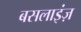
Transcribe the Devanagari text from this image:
बसलाइंज़